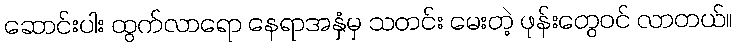
ဆောင်းပါး ထွက်လာရော နေရာအနှံမှ သတင်း မေးတဲ့ ဖုန်းတွေဝင် လာတယ်။